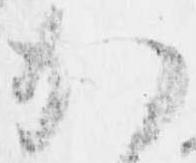
か